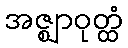
အဇ္ဈာဝုတ္ထံ